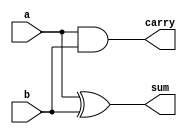
module half_adder(a, b, sum, carry);
    input a,b;
    output sum, carry;

    xor x1(sum, a, b);
    and and1(carry, a, b);
endmodule